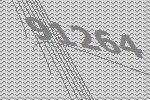
91264